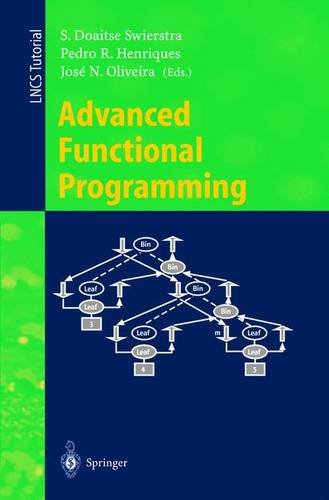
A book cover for Advanced Functional Programming: Third International School, AFP'98, Braga, Portugal, September 12-19, 1998, Revised Lectures (Lecture Notes in Computer Science); Computers & Technology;